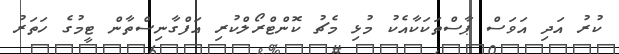
ކުރު އަދި އަވަސް ޕާސްތަކަކާއެކު މުޅި މެޗު ކޮންޓްރޯލްކުރި އަފްގާނިސްތާން ޓީމުގެ ހަތަރު